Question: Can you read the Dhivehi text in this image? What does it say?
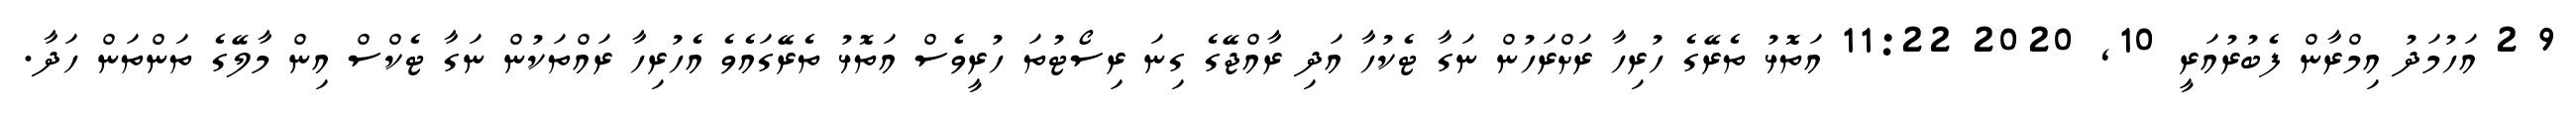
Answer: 9 2 އަހުމަދު އިމްރާން ފެބުރުއަރީ 10, 2020 11:22 އަތޮޅު ތެރޭގެ ހުރިހާ ރަށްރަހުން ނަގާ ޓެކުހާ އަދި ރާއްޖޭގެ ގިނަ ރިސޯޓުތަ ހުރީވެސް އަތޮޅު ތެރޭގައެވެ އެހުރިހާ ރައްތަކުން ނަގާ ޓެކްސް އިން މާލޭގެ ތަންތަން ހަދާ.